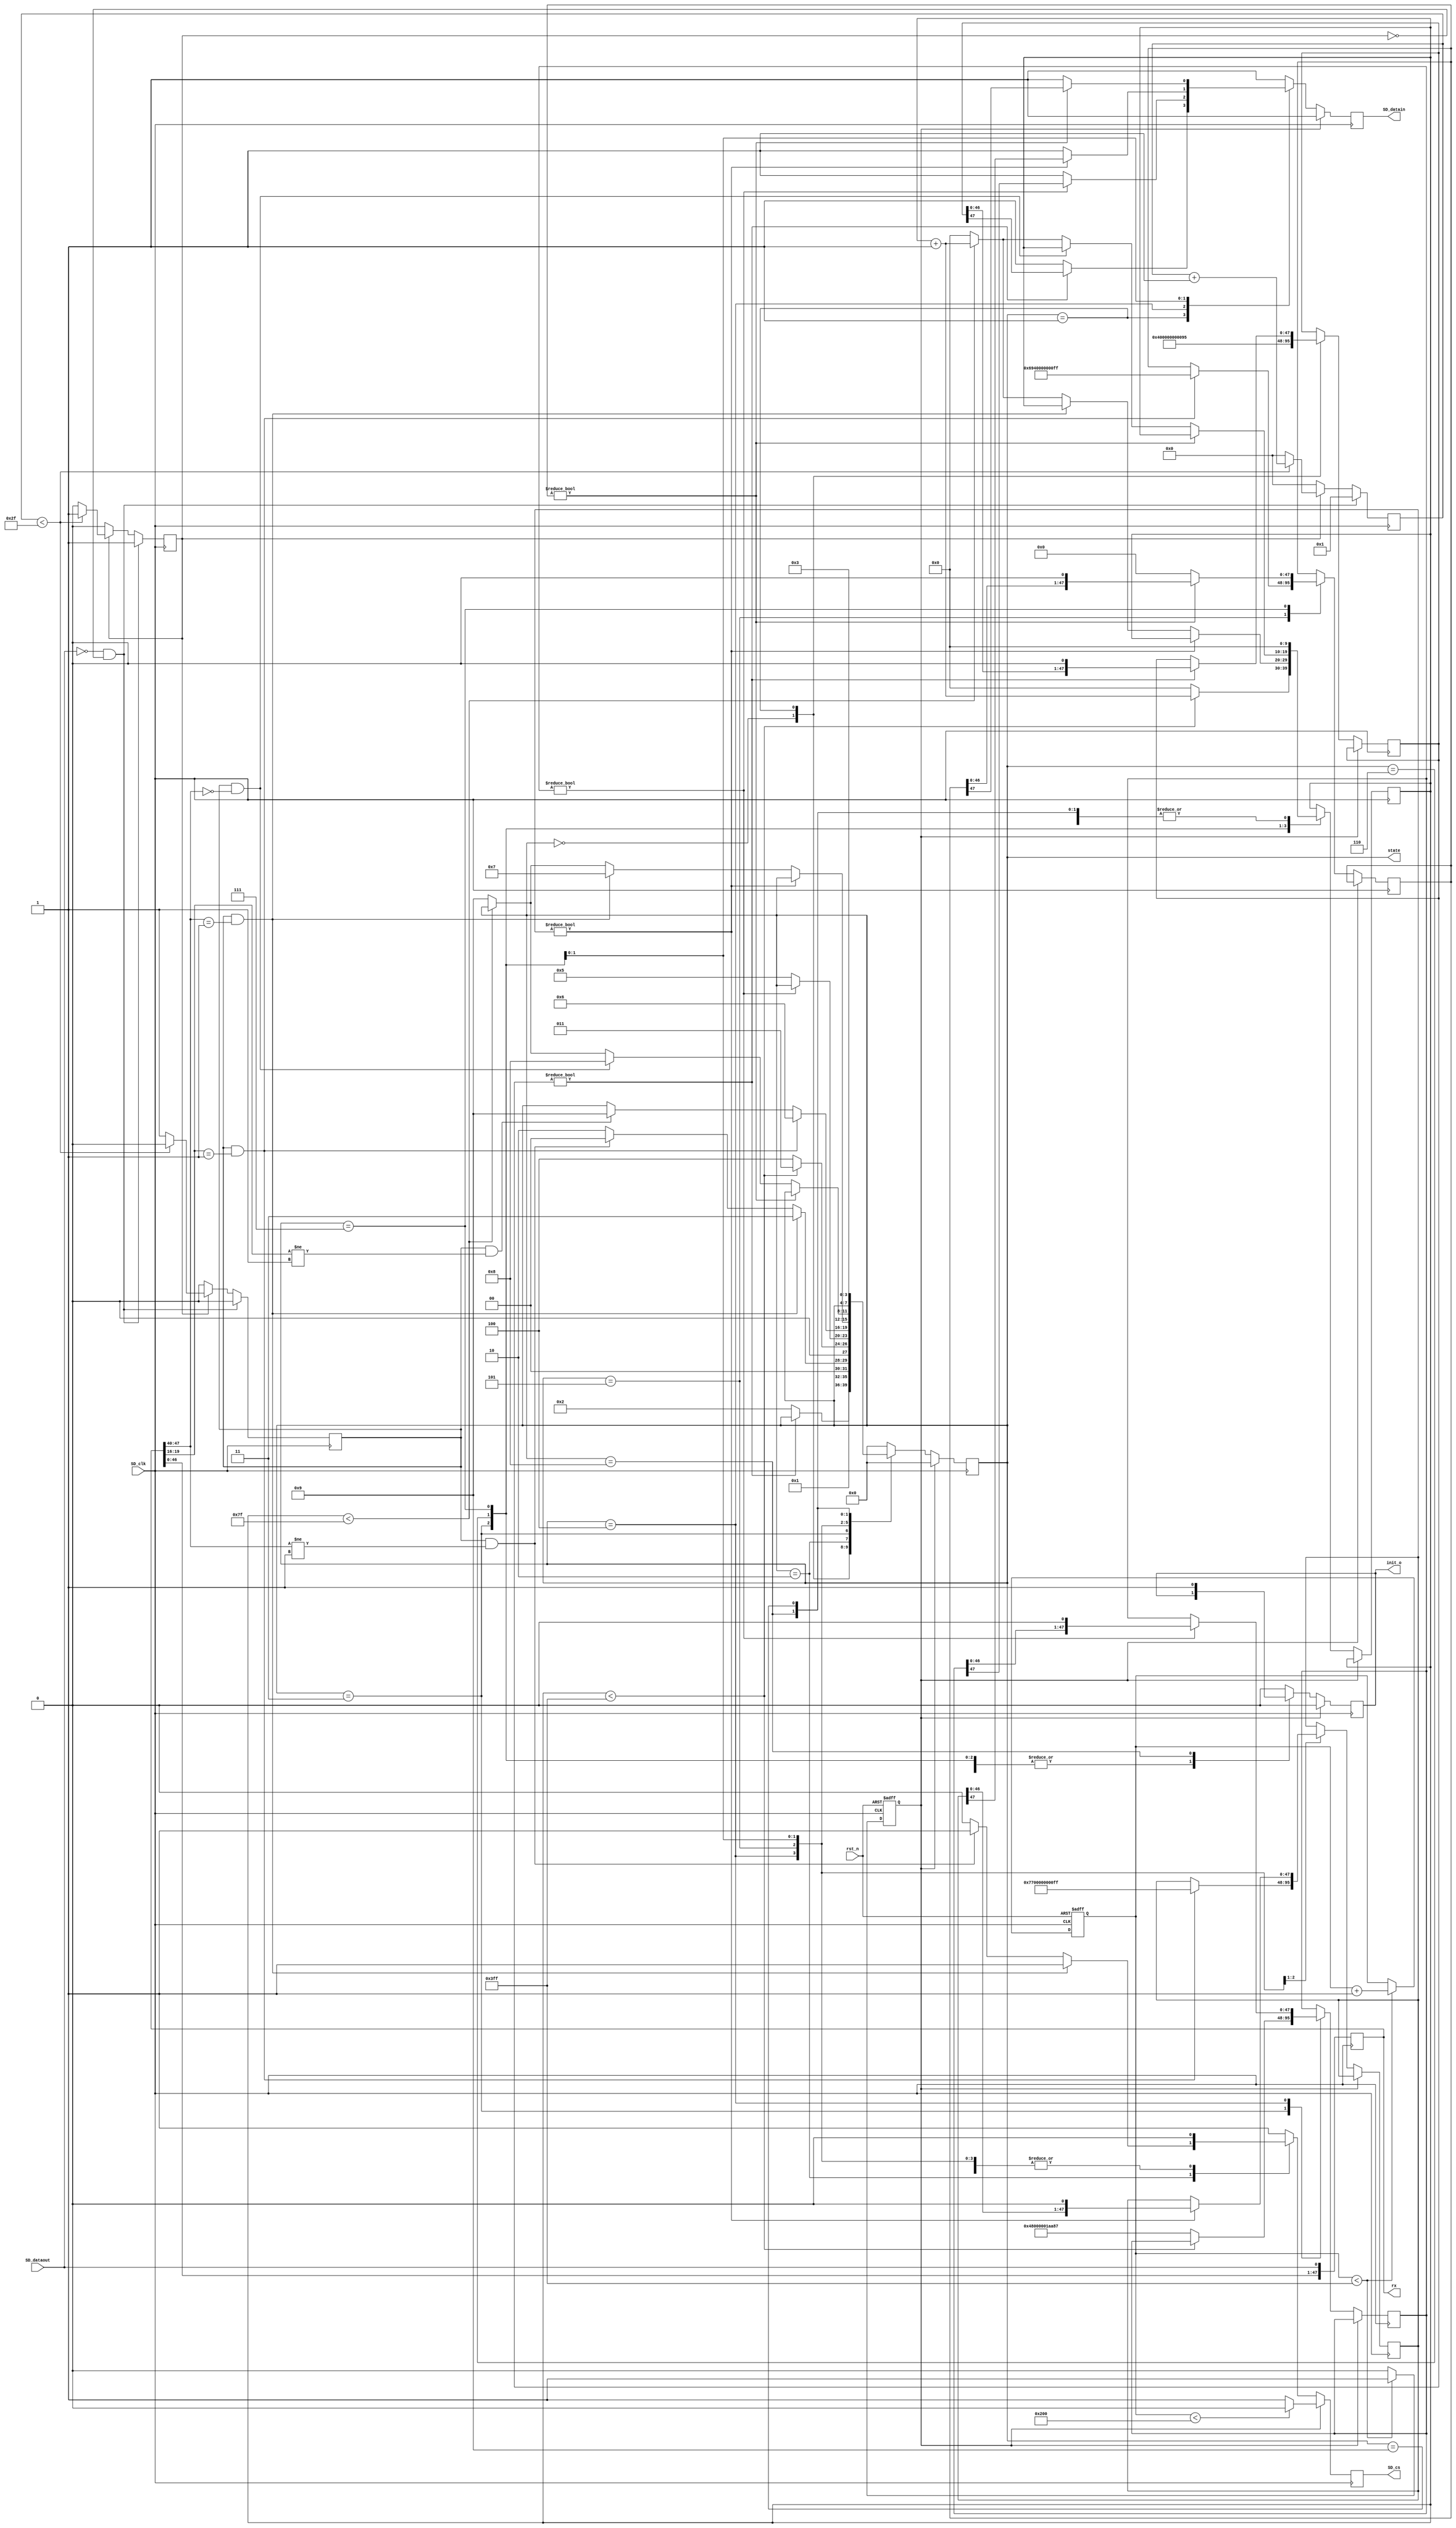
`timescale 1ns / 1ps
//////////////////////////////////////////////////////////////////////////////////
// Module Name:    sd_initial 
//////////////////////////////////////////////////////////////////////////////////
module sd_initial_v1(
						
						input rst_n,
						
						input SD_clk,
						output reg SD_cs,
						output reg SD_datain,
						input  SD_dataout,
						
						output reg [47:0]rx,
						output reg init_o,
						output reg [3:0] state

);


reg [47:0] CMD0={8'h40,8'h00,8'h00,8'h00,8'h00,8'h95};  //CMD0, CRC 95
reg [47:0] CMD8={8'h48,8'h00,8'h00,8'h01,8'haa,8'h87};  //CMD8, CRC 87 

reg [47:0] CMD55={8'h77,8'h00,8'h00,8'h00,8'h00,8'hff};  //CMD55, CRC
reg [47:0] ACMD41={8'h69,8'h40,8'h00,8'h00,8'h00,8'hff}; //CMD41, CRC

reg [9:0] counter=10'd0;
reg reset=1'b1;

parameter idle=4'b0000;             //idle
parameter send_cmd0=4'b0001;        //CMD0
parameter wait_01=4'b0010;          //CMD0
parameter waitb=4'b0011;            //
parameter send_cmd8=4'b0100;        //CMD8
parameter waita=4'b0101;            //CMD8
parameter send_cmd55=4'b0110;       //CMD55
parameter send_acmd41=4'b0111;      //ACMD41
parameter init_done=4'b1000;        //
parameter init_fail=4'b1001;        //

reg [9:0] cnt;

reg [5:0]aa;
reg rx_valid;
reg en;

//SD
always @(posedge SD_clk)
begin
	rx[0]<=SD_dataout;
	rx[47:1]<=rx[46:0];
end

//SD
always @(posedge SD_clk)
begin
	if(!SD_dataout&&!en) begin //SD_dataout,SD_dataout,
	  rx_valid<=1'b0; 
	  aa<=1;
	  en<=1'b1;                //en,
	end   
   else if(en)	begin 
		if(aa<47) begin
			aa<=aa+1'b1;  
			rx_valid<=1'b0;
		end
		else begin
			aa<=0;
			en<=1'b0;
			rx_valid<=1'b1;     //48bit,rx_valid
		end
	end
	else begin 
	   en<=1'b0;
		aa<=0;
		rx_valid<=1'b0;
	end
end

//reset
always @(negedge SD_clk or negedge rst_n)
begin
   if (!rst_n) begin
	    counter<=0;
		 reset<=1'b1;
	end
	else begin
	  if(counter<10'd1023) begin 
			counter<=counter+1'b1;
			reset<=1'b1;
	  end
	  else begin 	
	      reset<=1'b0;
	  end
	end  
end

//SD
always @(negedge SD_clk)
begin
	if(reset==1'b1) begin
	  if(counter<512)  begin
		  SD_cs<=1'b0;         //CSSD
		  SD_datain<=1'b1;
		  init_o<=1'b0;
		  state<=idle;
	  end
	  else begin
		  SD_cs<=1'b1;         //CSSD
		  SD_datain<=1'b1;
		  init_o<=1'b0;
		  state<=idle;
	  end
	end
	else begin
			case(state)
			   idle:	begin
					init_o<=1'b0;
					CMD0<={8'h40,8'h00,8'h00,8'h00,8'h00,8'h95};    
					SD_cs<=1'b1;
					SD_datain<=1'b1;
					state<=send_cmd0;
					cnt<=0;
				end
				send_cmd0: begin              //CMD0SD
					if(CMD0!=48'd0) begin
						SD_cs<=1'b0;
						SD_datain<=CMD0[47];
						CMD0<={CMD0[46:0],1'b0};
					end
						else begin
							SD_cs<=1'b0;
							SD_datain<=1'b1;
							state<=wait_01;
						end
				 end
				 wait_01:begin                        //SDCOMD00x01
						if(rx_valid&&rx[47:40]==8'h01) begin          
							SD_cs<=1'b1;
							SD_datain<=1'b1;
							state<=waitb;
						end
						else if(rx_valid&&rx[47:40]!=8'h01)	begin
							SD_cs<=1'b1;
							SD_datain<=1'b1;
							state<=idle;
						end
						else begin
							SD_cs<=1'b0;
							SD_datain<=1'b1;
							state<=wait_01;
						end
				  end
				  waitb: begin                //			
						if(cnt<10'd1023)	begin
							SD_cs<=1'b1;
							SD_datain<=1'b1;
							state<=waitb;
							cnt<=cnt+1'b1;
						end
						else begin
							SD_cs<=1'b1;
							SD_datain<=1'b1;
							CMD8<={8'h48,8'h00,8'h00,8'h01,8'haa,8'h87};           
							cnt<=0;
							state<=send_cmd8;
						end
					end
					send_cmd8: begin                     //CMD8SD	
						if(CMD8!=48'd0) begin
							SD_cs<=1'b0;
							SD_datain<=CMD8[47];
							CMD8<={CMD8[46:0],1'b0};
						end
						else begin
							SD_cs<=1'b0;
							SD_datain<=1'b1;
							state<=waita;
						end
					end
					waita: begin                        //CMD8,
						SD_cs<=1'b0;
					   SD_datain<=1'b1;
						if(rx_valid&&rx[19:16]==4'b0001) begin         //SD2.0support 2.7V-3.6V supply voltage										
						   state<=send_cmd55;
						   CMD55<={8'h77,8'h00,8'h00,8'h00,8'h00,8'hff};
							ACMD41<={8'h69,8'h40,8'h00,8'h00,8'h00,8'hff};
						end
						else if(rx_valid&&rx[19:16]!=4'b0001)	begin
							state<=init_fail;
						end
 				    end
					 send_cmd55:begin             //CMD55 				
						if(CMD55!=48'd0)begin
						   SD_cs<=1'b0;
							SD_datain<=CMD55[47];
							CMD55<={CMD55[46:0],1'b0};
						end
						else begin
						   SD_cs<=1'b0;
							SD_datain<=1'b1;
							if(rx_valid&&rx[47:40]==8'h01)      //CMD5501
							   state<=send_acmd41;
							else begin
								if(cnt<10'd127)
								   cnt<=cnt+1'b1;
								else begin
  								   cnt<=10'd0;
									state<=init_fail;
							   end
							end
						 end
					  end
					  send_acmd41: begin          //ACMD41
						  if(ACMD41!=48'd0) begin						
								SD_cs<=1'b0;
								SD_datain<=ACMD41[47];
								ACMD41<={ACMD41[46:0],1'b0};
							end
							else begin
								SD_cs<=1'b0;
								SD_datain<=1'b1;
								ACMD41<=48'd0;
								if(rx_valid&&rx[47:40]==8'h00)     //CMD5500
								   state<=init_done;
								else begin
									if(cnt<10'd127)
									   cnt<=cnt+1'b1;
									else begin
  									   cnt<=10'd0;
										state<=init_fail;
								   end
								end	
							end
					end
					init_done:begin init_o<=1'b1;SD_cs<=1'b1;SD_datain<=1'b1;cnt<=0;end     //
					init_fail:begin init_o<=1'b0;SD_cs<=1'b1;SD_datain<=1'b1;cnt<=0;state<=waitb;end       //,CMD8, CMD55 CMD41
					default: begin	state<=idle; SD_cs<=1'b1; SD_datain<=1'b1;init_o<=1'b0;end
			endcase
	 end
end
								
endmodule